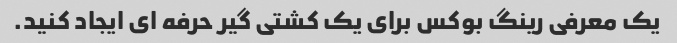
یک معرفی رینگ بوکس برای یک کشتی گیر حرفه ای ایجاد کنید.